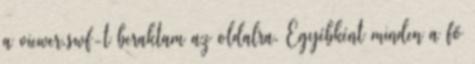
a viewer.swf-t beraktam az oldalra. Egyébként minden a fő